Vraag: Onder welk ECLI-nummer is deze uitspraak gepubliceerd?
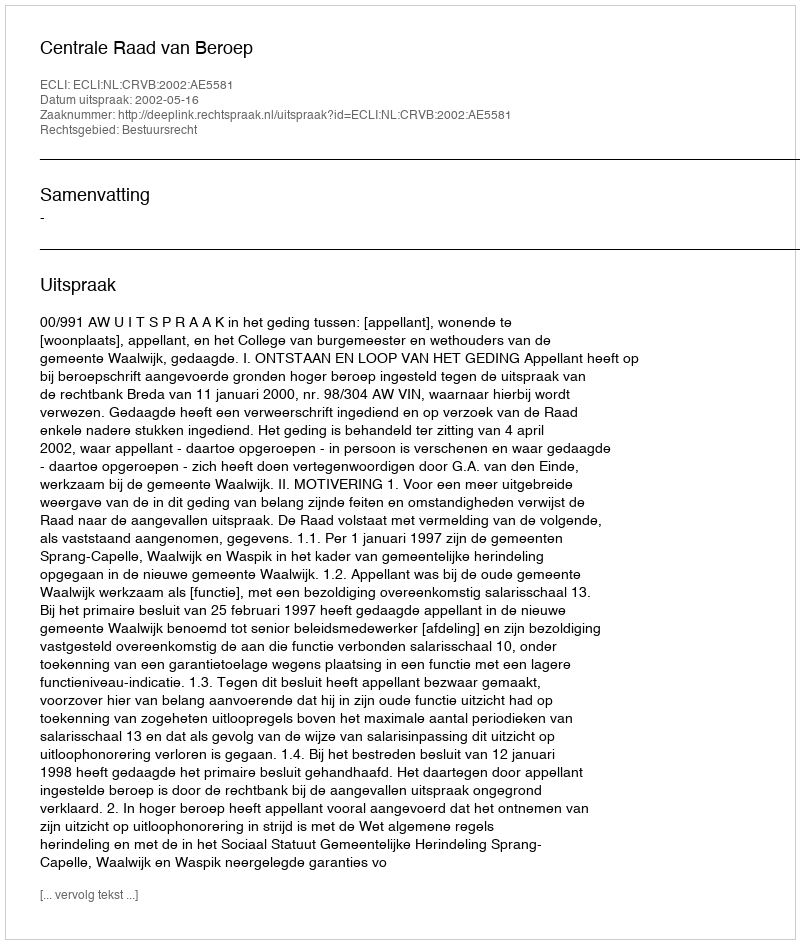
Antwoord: ECLI:NL:CRVB:2002:AE5581